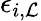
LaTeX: \epsilon_{i,\mathcal{L}}